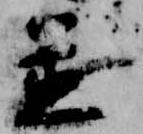
置